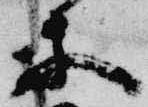
等